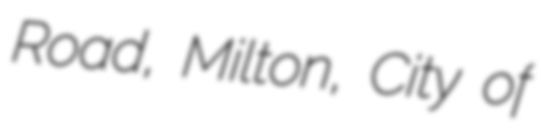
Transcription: Road, Milton, City of